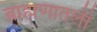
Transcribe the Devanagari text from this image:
ब्राह्मणातली